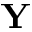
\mathbf { Y }